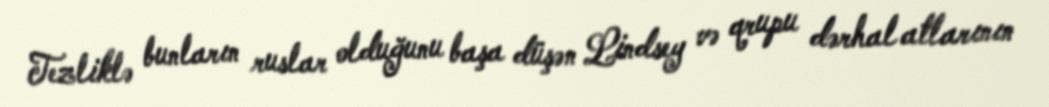
Tezliklə bunların ruslar olduğunu başa düşən Lindsey və qrupu dərhal atlarının